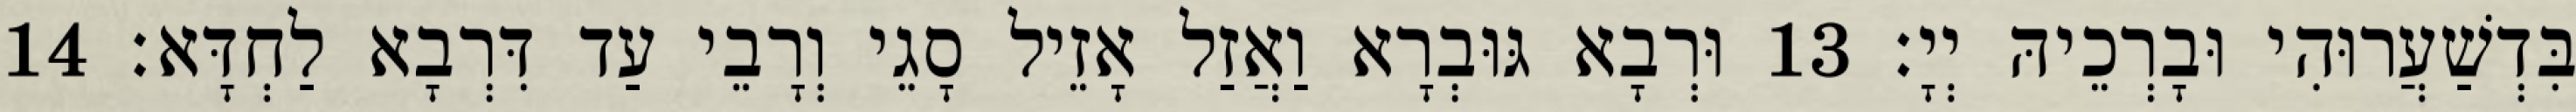
בִּדְשַׁעֲרוּהִי וּבָרְכֵיהּ יְיָ׃ 13 וּרְבָא גּוּבְרָא וַאֲזַל אָזֵיל סָגֵי וְרָבֵי עַד דִּרְבָא לַחְדָּא׃ 14